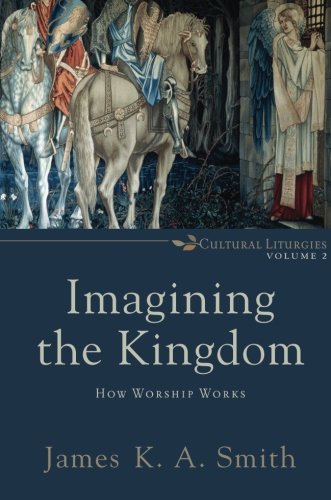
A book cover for Imagining the Kingdom: How Worship Works (Cultural Liturgies); James K. A. Smith; Christian Books & Bibles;